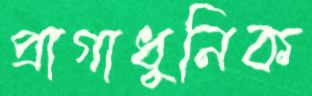
প্রাগাধুনিক